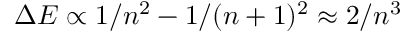
\Delta E \propto 1 / n ^ { 2 } - 1 / ( n + 1 ) ^ { 2 } \approx 2 / n ^ { 3 }